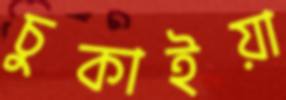
চুকাইয়া